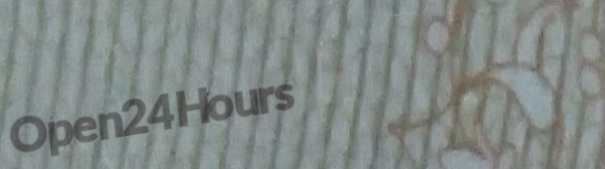
Open24Hours